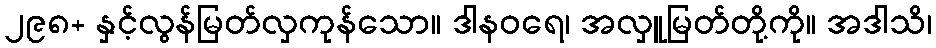
၂၉၈+ နှင့်လွန်မြတ်လှကုန်သော။ ဒါနဝရေ၊ အလှူမြတ်တို့ကို။ အဒါသိ၊